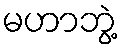
မဟာဘွဲ့